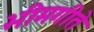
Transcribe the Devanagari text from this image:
भीमगीते